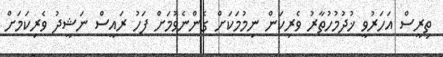
ތިރީސް އަހަރުވީ ޚުދުމުހުތާރު ވެރިކަން ނިމުމަކަށް ގެންނެވުމަށް ފަހު ރައީސް ނަޝީދު ވެރިކަމަށް